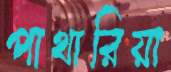
পাথারিয়া